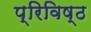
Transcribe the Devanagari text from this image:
प्रिविष्ठ